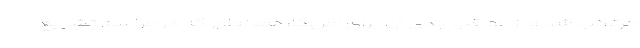
مرتکب شد و از عواقب جدی آن برای آمریکا، همانطور که در مراسم تشییع